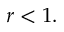
r < 1 .